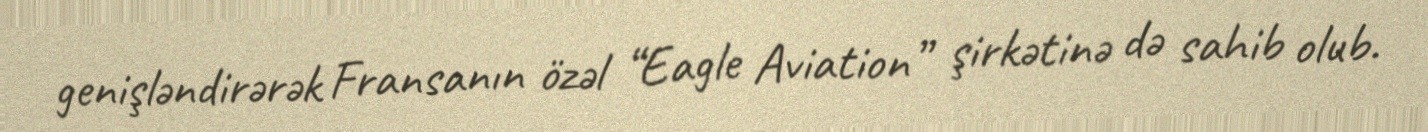
genişləndirərək Fransanın özəl “Eagle Aviation” şirkətinə də sahib olub.